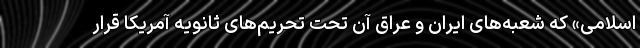
اسلامی» که شعبه‌های ایران و عراق آن تحت تحریم‌های ثانویه آمریکا قرار